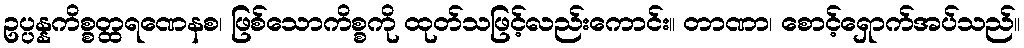
ဥပ္ပန္နကိစ္စတ္ထရဏေနစ၊ ဖြစ်သောကိစ္စကို ထုတ်သဖြင့်လည်းကောင်း။ တာဏာ၊ စောင့်ရှောက်အပ်သည်။